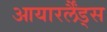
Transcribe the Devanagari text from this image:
आयारर्लैंड्स